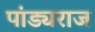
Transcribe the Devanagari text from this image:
पांड्यराज